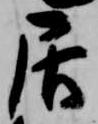
居